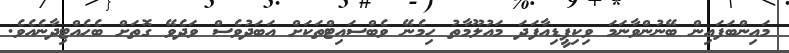
މައިންބަފައިން ބޭނުންވާނަމަ ވިކިޕީޑިއާފަދަ މައުލޫމާތު ހިމެނޭ ވެބްސައިޓްތަކަށް އަބަދުވެސް ވަދެވޭ ގޮތަށް ބެހެއްޓިދާނެއެވެ.